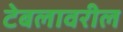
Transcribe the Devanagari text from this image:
टेबलावरील